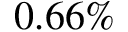
0 . 6 6 \%